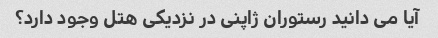
آیا می دانید رستوران ژاپنی در نزدیکی هتل وجود دارد؟